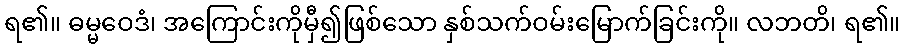
ရ၏။ ဓမ္မဝေဒံ၊ အကြောင်းကိုမှီ၍ဖြစ်သော နှစ်သက်ဝမ်းမြောက်ခြင်းကို။ လဘတိ၊ ရ၏။